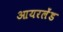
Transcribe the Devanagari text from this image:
आयरलेंड